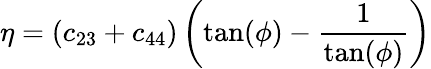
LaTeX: \eta=(c_{23}+c_{44})\left(\textrm{tan}(\phi)-\frac{1}{\textrm{tan}(\phi)}\right)